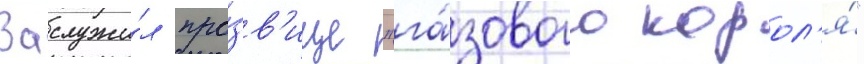
Заслужи́л про́зв'ище "га́зового корол'я́"